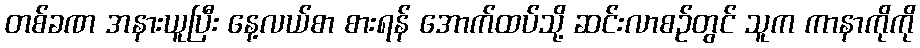
တစ်ခဏ အနားယူပြီး နေ့လယ်စာ စားရန် အောက်ထပ်သို့ ဆင်းလာစဉ်တွင် သူက ကာနာကိုကို